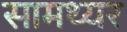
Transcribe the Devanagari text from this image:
सामथ्यर